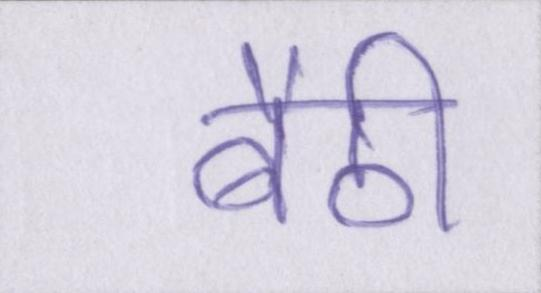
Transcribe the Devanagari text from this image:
बैठी